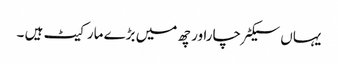
یہاں سیکٹر چاراور چھ میں بڑے مارکیٹ ہیں ۔